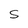
Character: S